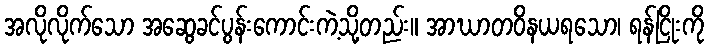
အလိုလိုက်သော အဆွေခင်ပွန်းကောင်းကဲ့သို့တည်း။ အာဃာတဝိနယရသော၊ ရန်ငြိုးကို